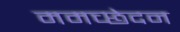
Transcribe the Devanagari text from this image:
ममच्छेदन